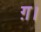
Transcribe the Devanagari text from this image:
ग़।